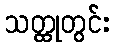
သတ္ထုတွင်း